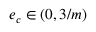
e _ { c } \in ( 0 , 3 / m )